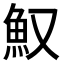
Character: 𩵎